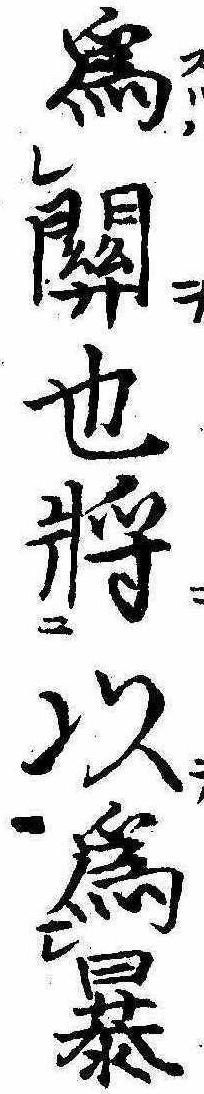
為関也将以為暴